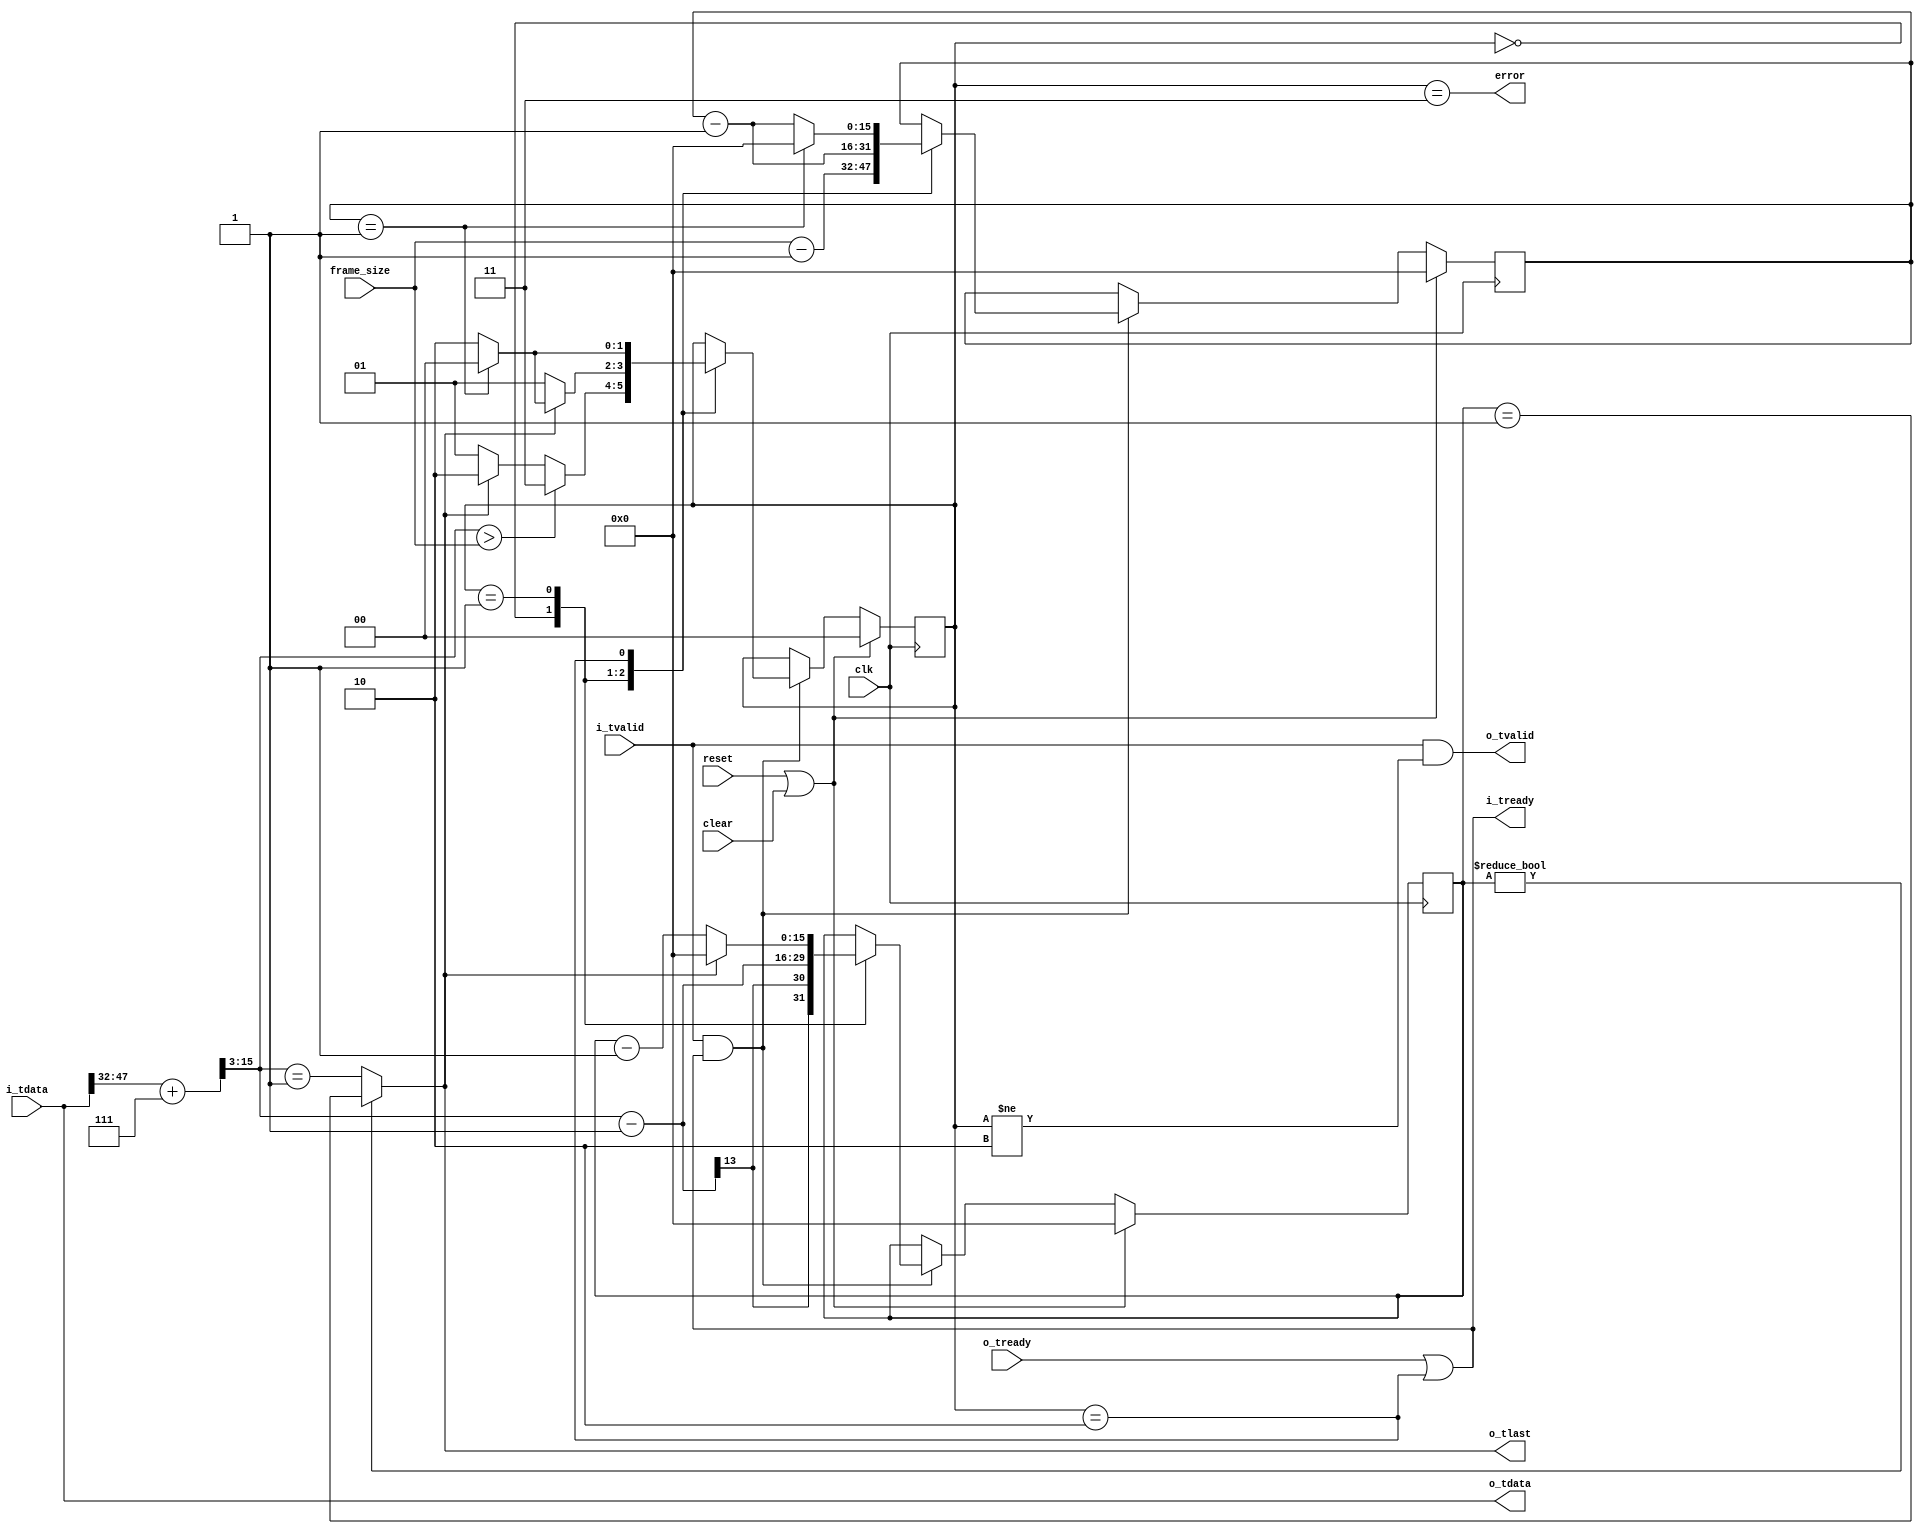
//
// Copyright 2013 Ettus Research LLC
// Copyright 2018 Ettus Research, a National Instruments Company
//
// SPDX-License-Identifier: LGPL-3.0-or-later
//


module cvita_dechunker # (
   parameter PAD_VALUE = 64'hFFFFFFFF_FFFFFFFF
) (
   input          clk,
   input          reset,
   input          clear,
   input [15:0]   frame_size,

   input [63:0]   i_tdata,
   input          i_tvalid,
   output         i_tready,
   
   output [63:0]  o_tdata,
   output         o_tlast,
   output         o_tvalid,
   input          o_tready,

   output         error
);

   localparam ST_HEADER  = 2'd0;
   localparam ST_DATA    = 2'd1;
   localparam ST_PADDING = 2'd2;
   localparam ST_ERROR   = 2'd3;

   reg [1:0]   state;
   reg [15:0]  frame_rem, pkt_rem;
   wire        i_tlast;

   wire [15:0] cvita_len_ceil = i_tdata[47:32] + 7;
   wire [15:0] axi_len = {3'b000, cvita_len_ceil[15:3]};

   always @(posedge clk) begin
      if (reset | clear) begin
         state <= ST_HEADER;
         frame_rem <= 16'd0;
         pkt_rem   <= 16'd0;
      end else if (i_tvalid & i_tready) begin
         case (state)
            ST_HEADER: begin
               if (axi_len > frame_size)
                  state <= ST_ERROR;
               else if (~o_tlast)
                  state <= ST_DATA;
               else
                  state <= ST_PADDING;
                  
               frame_rem <= frame_size - 16'd1;
               pkt_rem   <= axi_len - 16'd1;
            end
         
            ST_DATA: begin
               if (o_tlast) begin
                  state   <= i_tlast ? ST_HEADER : ST_PADDING;
                  pkt_rem <= 16'd0;
               end else begin
                  state   <= ST_DATA;
                  pkt_rem <= pkt_rem - 16'd1;
               end
               frame_rem <= frame_rem - 16'd1;
            end

            ST_PADDING: begin
               if (i_tlast) begin
                  state   <= ST_HEADER;
                  frame_rem <= 16'd0;
               end else begin
                  state   <= ST_PADDING;
                  frame_rem <= frame_rem - 16'd1;
               end
            end
         endcase   
      end   
   end
   
   assign i_tready = o_tready | (state == ST_PADDING);
   assign i_tlast = (frame_rem == 16'd1); //Temp signal
   
   assign o_tvalid = i_tvalid & (state != ST_PADDING);
   assign o_tlast = (pkt_rem != 0) ? (pkt_rem == 16'd1) : (axi_len == 16'd1);
   assign o_tdata  = i_tdata;
   
   assign error = (state == ST_ERROR);

endmodule // cvita_dechunker